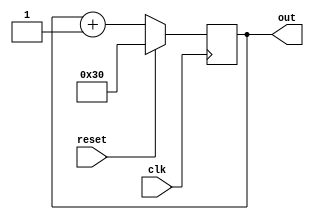
module counter(out, reset, clk);
	input reset, clk;
	output reg [7:0] out;

	always @(posedge clk)
	begin
		if (reset)
			out <= 48;
		else
			out <= out + 1;
	end
endmodule